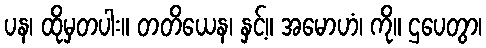
ပန၊ ထိုမှတပါး။ တတိယေန၊ နှင့်။ အမောဟံ၊ ကို။ ဌပေတွာ၊